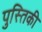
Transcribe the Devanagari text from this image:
पुस्तिकी